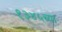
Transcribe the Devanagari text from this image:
१३४५च्या